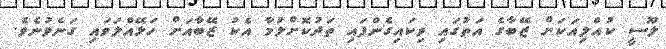
ލޫސީ ކުއްލިއަކަށް ޒޭބާގެ އަތުގައި ވިކައިގެންފައި ތަދުކޮށްލުމާ އެކު ޒޭބާއަށް ހަޅޭއްލަވައި ގަނެވުނެވެ.